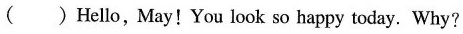
( ) Hello, May!You look so happy today. Why?